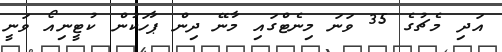
އަދި މެޗުގެ 35 ވަނަ މިނެޓްގައި މާނޭ ދިން ޕާހަކުން ކުޓީނިއޯ ވަނީ